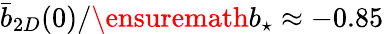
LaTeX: \bar{b}_{2D}(0)/\ensuremath{b_{\star}}\approx-0.85